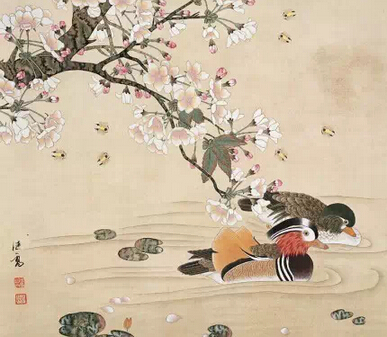
相顾无言，惟有泪千行。